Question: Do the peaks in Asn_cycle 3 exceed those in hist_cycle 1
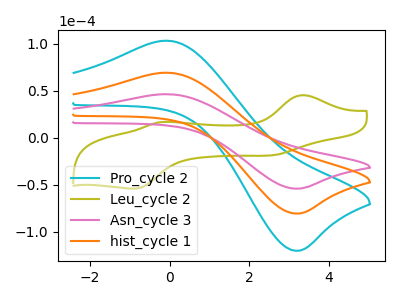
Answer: <think>The cyan curve "Pro_cycle 2" has an anodic peak at (-0.05V, 138.70uA) and a cathodic peak at (3.15V, -161.00uA). The olive curve "Leu_cycle 2" has anodic peaks at (3.35V, 45.45uA) (-0.25V, 16.75uA) and cathodic peaks at (2.60V, -18.40uA) (-0.90V, -54.00uA). The pink curve "Asn_cycle 3" has an anodic peak at (-0.05V, 46.50uA) and a cathodic peak at (3.15V, -54.00uA). The orange curve "hist_cycle 1" has an anodic peak at (-0.05V, 69.35uA) and a cathodic peak at (3.15V, -80.50uA).</think>
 <answer>Every peak in "Asn_cycle 3" is lower than every peak in "hist_cycle 1".</answer>
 <eval>lower</eval>